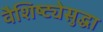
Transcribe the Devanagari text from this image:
वैशिष्ट्येसुद्धा